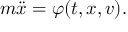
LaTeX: m { \ddot { x } } = \varphi ( t , x , v ) .